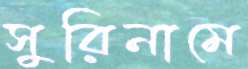
সুরিনামে